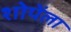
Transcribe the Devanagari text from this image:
शोपेंला